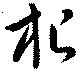
根